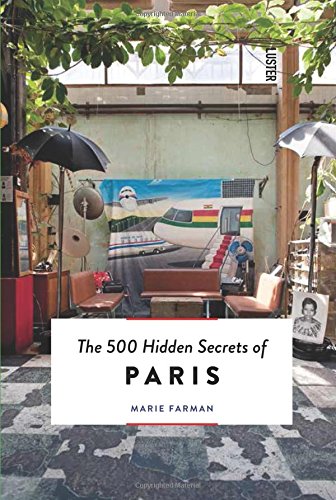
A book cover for The 500 Hidden Secrets of Paris; Marie Farman; Travel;